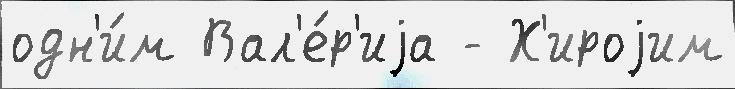
одн'и́м Вал'е́р'иjа - Х'ироjим